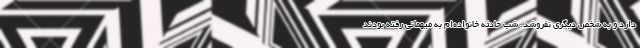
دارد و به شخص دیگری نفروشد. شب حادثه خانواده‌ام به میهمانی رفته بودند